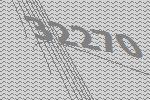
32270